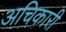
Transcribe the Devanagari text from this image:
अचिकारी